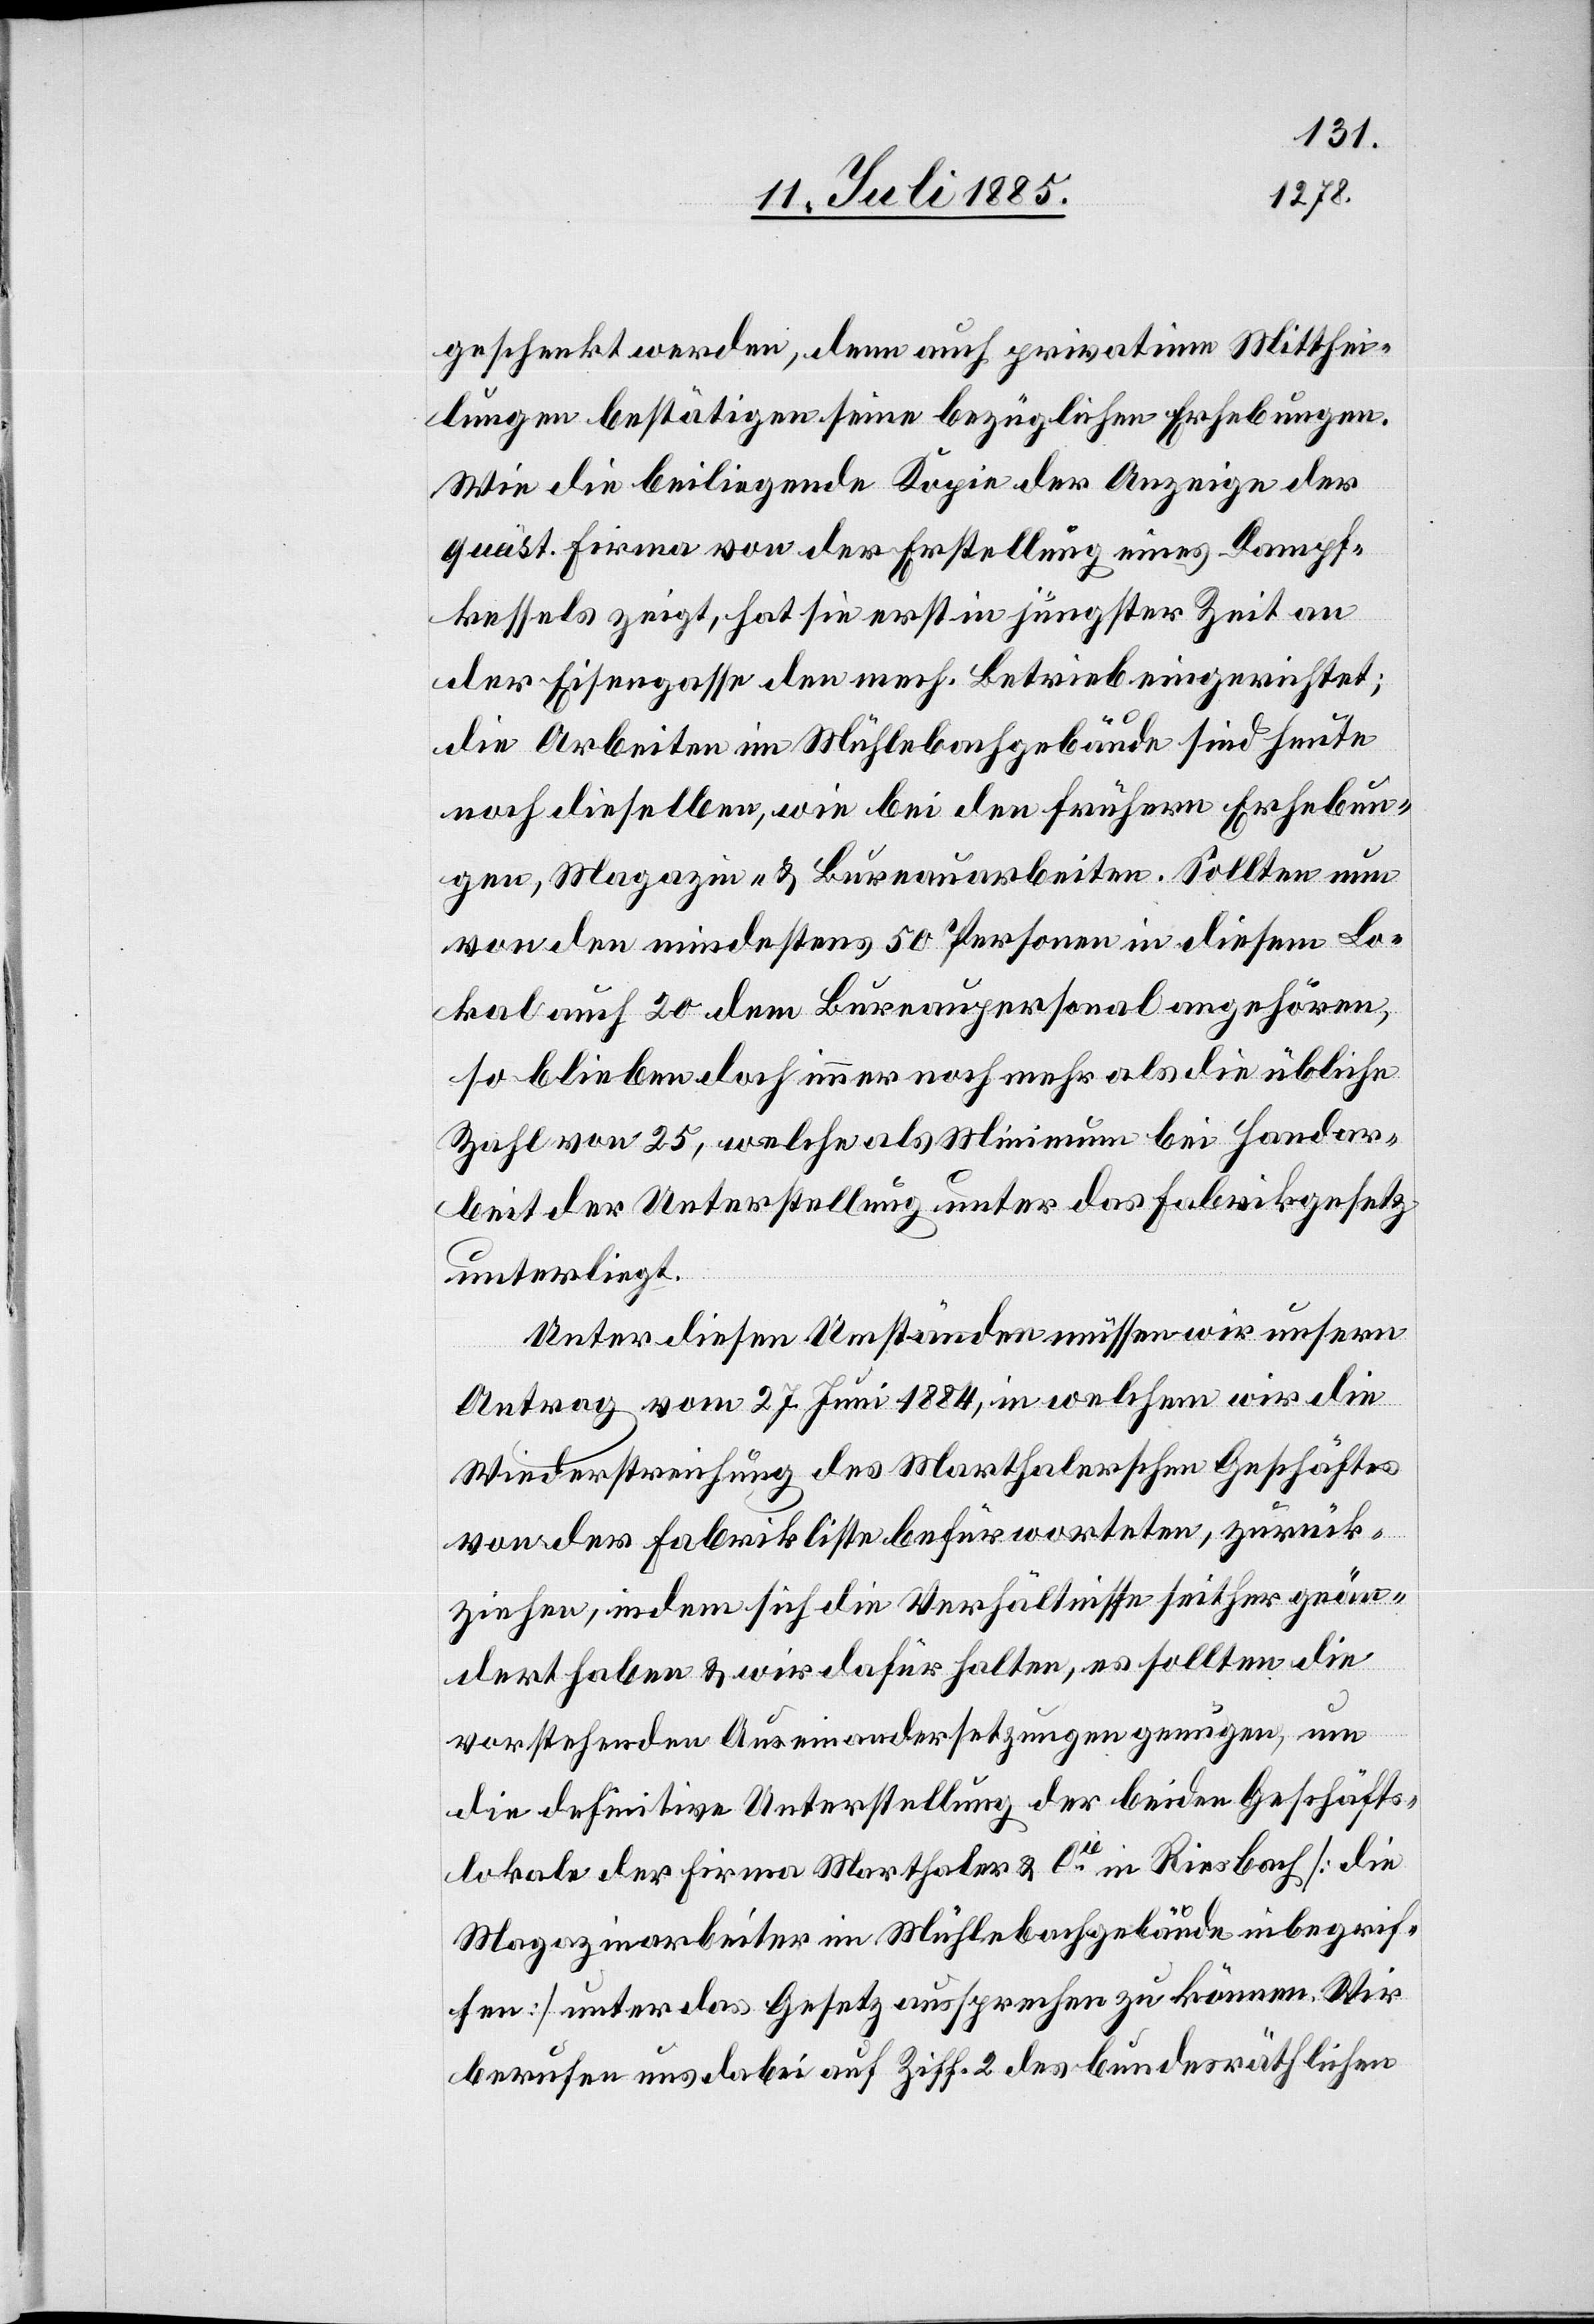
geschenkt werden, denn auch privatime Mitthei¬
lungen bestätigen seine bezüglichen Erhebungen.
Wie die beiliegende Kopie der Anzeige der
quäst. Firma von der Erstellung eines Dampf¬
kessels zeigt, hat sie erst in jüngster Zeit an
der Eisengasse den mech. Betrieb eingerichtet;
die Arbeiten im Mühlebachgebäude sind heute
noch dieselben, wie bei den frühern Erhebun¬
gen, Magazin- & Bureauarbeiten. Sollten nun
von den mindestens 50 Personen in diesem Lo¬
kal auch 20 dem Bureaupersonal angehören,
so blieben doch immer noch mehr als die übliche
Zahl von 25, welche als Minimum bei Handar¬
beit der Unterstellung unter das Fabrikgesetz
unterliegt.
Unter diesen Umständen müssen wir unsern
Antrag vom 27. Juni 1884, in welchem wir die
Wiederstreichung des Marthalerschen Geschäftes
von der Fabrikliste befürworteten, zurück¬
ziehen, indem sich die Verhältnisse seither geän¬
dert haben & wir daher halten, es sollten die
vorstehenden Auseinandersetzungen genügen, um
die definitive Unterstellung der beiden Geschäfts¬
lokale der Firma Marthaler & Cie in Riesbach [die
Magazinarbeiter im Mühlenbachgebäude inbegrif¬
fen] unter das Gesetz aussprechen zu können. Wir
berufen uns dabei auf Ziff. 2 des bundesräthlichen